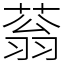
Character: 蓊